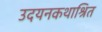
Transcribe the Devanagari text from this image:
उदयनकथाश्रित